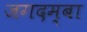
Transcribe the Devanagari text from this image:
जगदम्‍बा